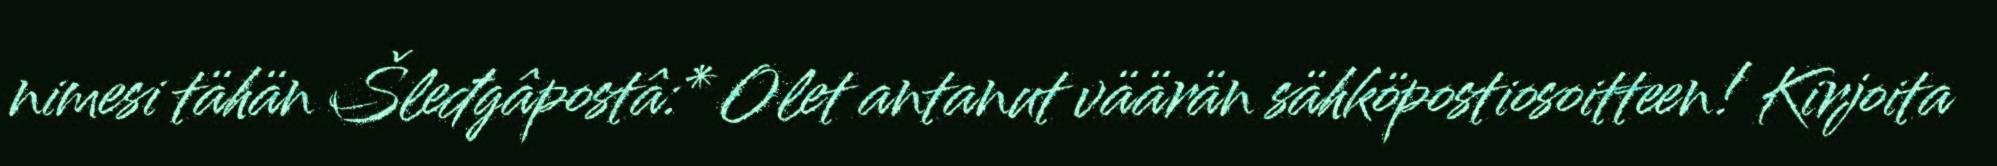
nimesi tähän Šleđgâpostâ:* Olet antanut väärän sähköpostiosoitteen! Kirjoita